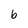
Character: b